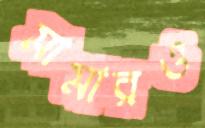
মামারও